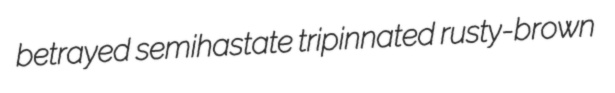
betrayed semihastate tripinnated rusty-brown